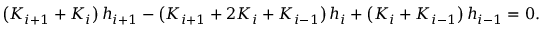
\left( { { K _ { i + 1 } } + { K _ { i } } } \right) { h _ { i + 1 } } - \left( { { K _ { i + 1 } } + 2 { K _ { i } } + { K _ { i - 1 } } } \right) { h _ { i } } + \left( { { K _ { i } } + { K _ { i - 1 } } } \right) { h _ { i - 1 } } = 0 .